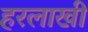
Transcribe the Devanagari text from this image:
हरलाखी